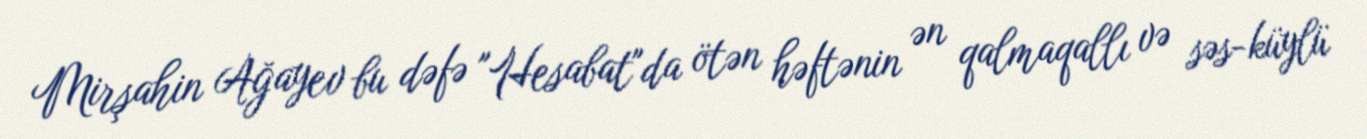
Mirşahin Ağayev bu dəfə "Hesabat"da ötən həftənin ən qalmaqallı və səs-küylü